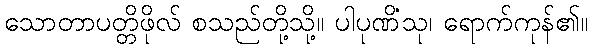
သောတာပတ္တိဖိုလ် စသည်တို့သို့။ ပါပုဏိံသု၊ ရောက်ကုန်၏။